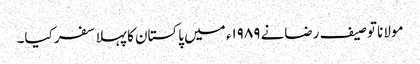
مولانا توصیف رضانے ۱۹۸۹ء میں پاکستان کا پہلا سفر کیا۔